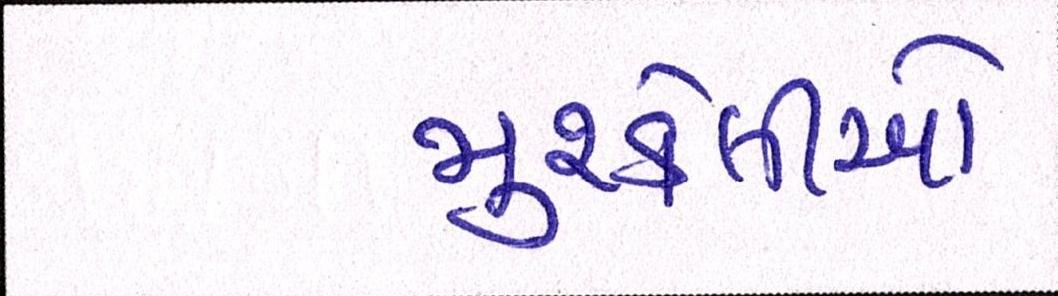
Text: મુશ્કેલીઓ